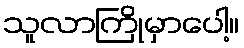
သူလာကြိုမှာပေါ့။